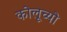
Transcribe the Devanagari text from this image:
कोलूच्यो